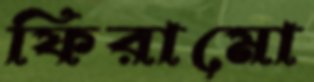
ফিরামো